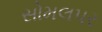
સોમલપર